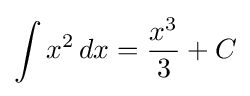
\int x^{2}\,dx={\frac {x^{3}}{3}}+C